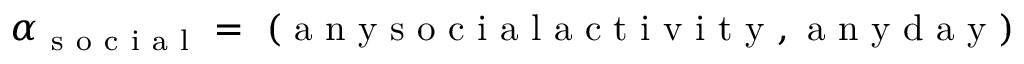
\alpha _ { \mathrm { ~ s ~ o ~ c ~ i ~ a ~ l ~ } } = \mathrm { ~ ( ~ a ~ n ~ y ~ s ~ o ~ c ~ i ~ a ~ l ~ a ~ c ~ t ~ i ~ v ~ i ~ t ~ y ~ , ~ a ~ n ~ y ~ d ~ a ~ y ~ ) ~ }